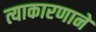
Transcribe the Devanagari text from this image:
त्याकारणाने